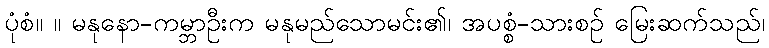
ပုံစံ။ ။ မနုနော-ကမ္ဘာဦးက မနုမည်သောမင်း၏၊ အပစ္စံ-သားစဉ် မြေးဆက်သည်၊